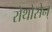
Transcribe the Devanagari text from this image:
रोथोसेन्